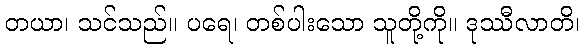
တယာ၊ သင်သည်။ ပရေ၊ တစ်ပါးသော သူတို့ကို။ ဒုဿီလာတိ၊